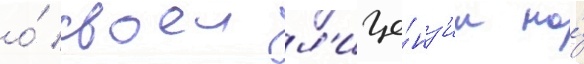
о́ своеи л'ице́нз'ии на́